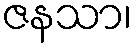
ဇနသာ၊